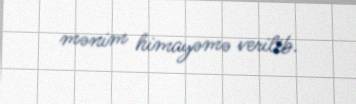
mənim himayəmə verilib.